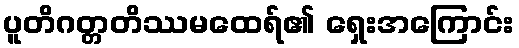
ပူတိဂတ္တတိဿမထေရ်၏ ရှေးအကြောင်း